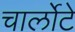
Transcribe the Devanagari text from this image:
चार्लोटे